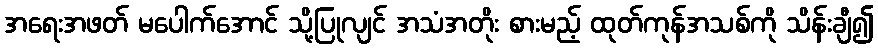
အရေးအဖတ် မပေါက်အောင် သို့ပြုလျင် အသံအတိုး စားမည့် ထုတ်ကုန်အသစ်ကို သိန်းချီ၍